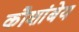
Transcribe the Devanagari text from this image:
कौशांबेय